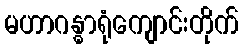
မဟာဂန္ဓာရုံကျောင်းတိုက်